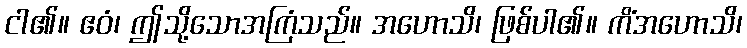
ငါ၏။ ဧဝံ၊ ဤသို့သောအကြံသည်။ အဟောသိ၊ ဖြစ်ပါ၏။ ကိံအဟောသိ၊